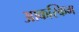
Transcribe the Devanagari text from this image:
आकस्किम